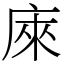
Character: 庲